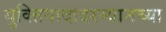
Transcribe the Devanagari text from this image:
युक्तिवादादरम्यानच्या